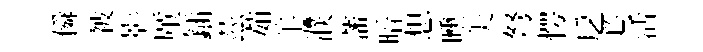
僢被影厪鍤茲茹羊濮藩暗想曛美弩愕戹必活